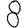
Digit: 8